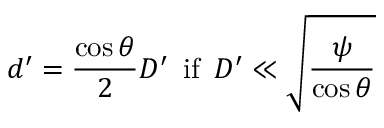
d ^ { \prime } = \frac { \cos \theta } { 2 } D ^ { \prime } \, \, \, \mathrm { i f } \, \, \, D ^ { \prime } \ll \sqrt \frac { \psi } { { \cos \theta } }